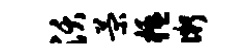
沃菊楹微